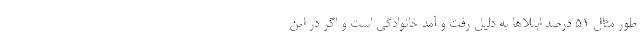
طور مثال ۵۱ درصد ابتلاها به دلیل رفت و آمد خانوادگی است و اگر در این